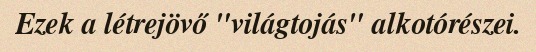
Ezek a létrejövő "világtojás" alkotórészei.